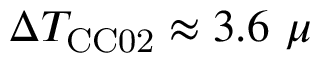
\Delta T _ { \mathrm { C C 0 2 } } \approx 3 . 6 ~ \mu